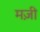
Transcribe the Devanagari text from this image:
मज़ी